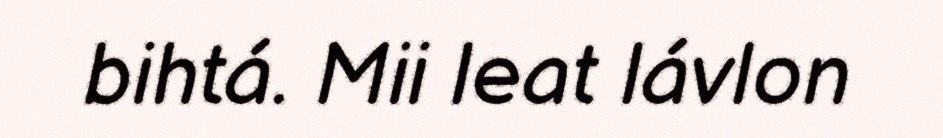
bihtá. Mii leat lávlon